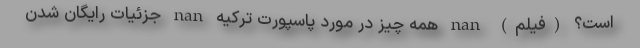
است؟ (فیلم) nan همه چیز در مورد پاسپورت ترکیه nan جزئیات رایگان شدن